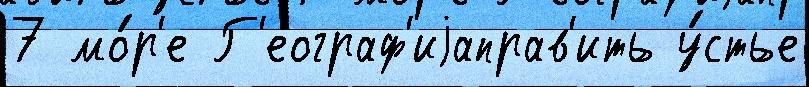
7 мо́р'е Г'еограф'иjаправ'ить у́стье